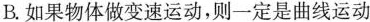
B.如果物体做变速运动，则一定是曲线运动